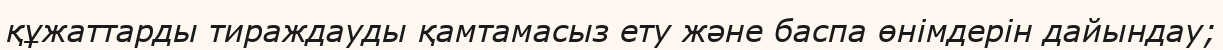
құжаттарды тираждауды қамтамасыз ету және баспа өнімдерін дайындау;